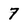
Character: 7